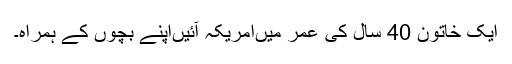
ایک خاتون 40 سال کی عمر میں‌امریکہ آئیں‌اپنے بچوں کے ہمراہ۔